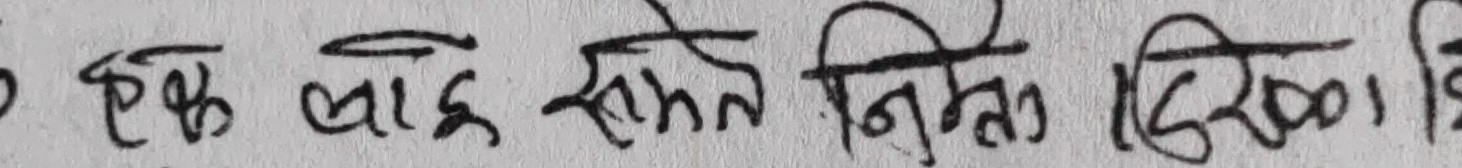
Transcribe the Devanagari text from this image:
एक बाहेक सबैले लिएका हुन्